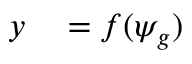
\begin{array} { r l } { y } & { { } = f ( \psi _ { g } ) } \end{array}